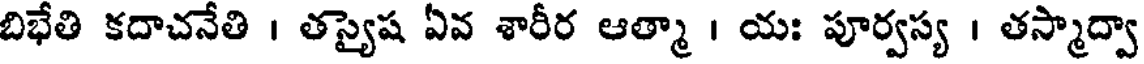
బిభేతి కదాచనేతి । తస్యైష ఏవ శారీర ఆత్మా । యః పూర్వస్య । తస్మాద్వా